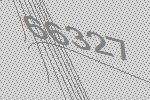
66327